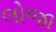
લોજા